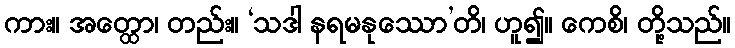
ကား။ အတ္ထော၊ တည်း။ ‘သဒါ နရမနုဿော’တိ၊ ဟူ၍။ ကေစိ၊ တို့သည်။